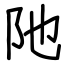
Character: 阤